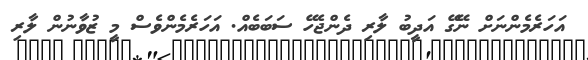
އަހަރެމެންނަށް ނޭގޭ އަދީބު ލާރި ދެންޖެހޭ ސަބަބެއް. އަހަރެމެންވެސް މީ ޒުވާނުން ލާރި